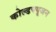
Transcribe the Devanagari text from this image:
कोल्डफ्यूजन